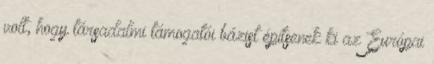
volt, hogy társadalmi támogatói bázist építsenek ki az Európai